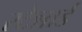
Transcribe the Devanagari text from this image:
स्टेन्नार्ड